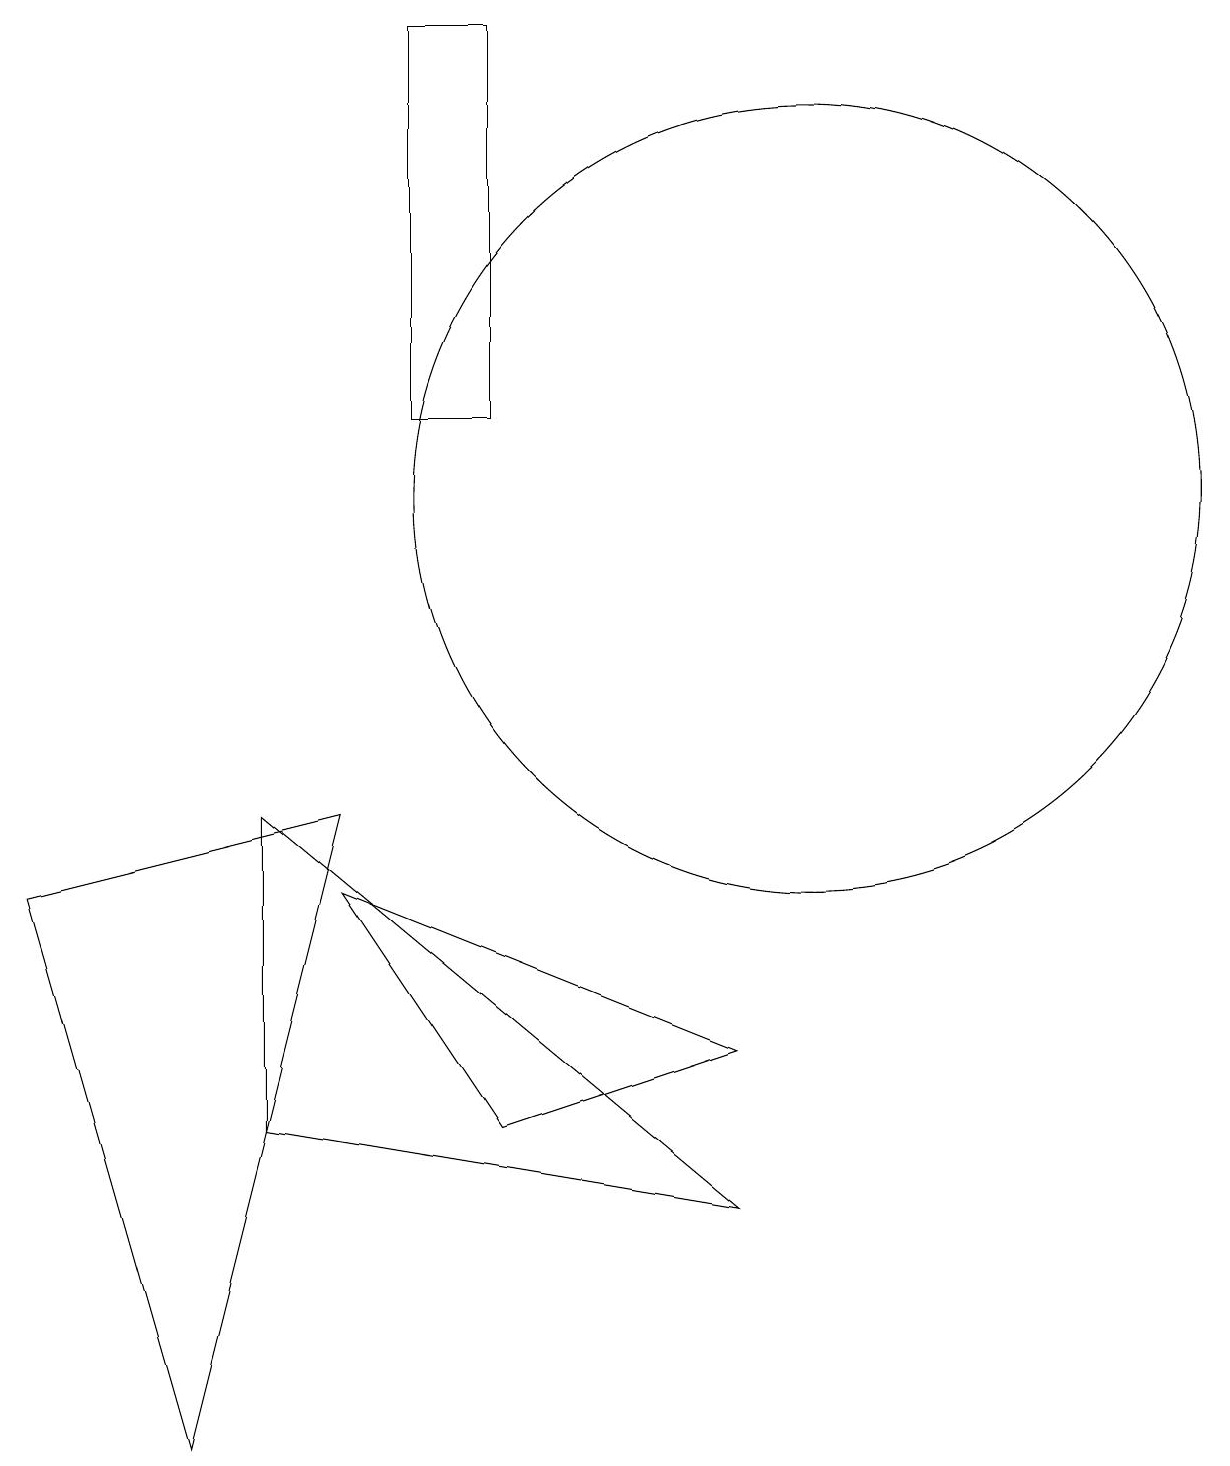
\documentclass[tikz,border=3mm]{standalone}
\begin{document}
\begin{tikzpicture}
\draw (6,4) -- (4,7) -- (9,5) -- cycle;
\draw (4,8) -- (2,0) -- (0,7) -- cycle;
\draw (9,3) -- (3,8) -- (3,4) -- cycle;
\draw (10,12) circle (5);
\draw (6,18) rectangle (5,13);
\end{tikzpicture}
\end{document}